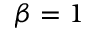
\beta = 1